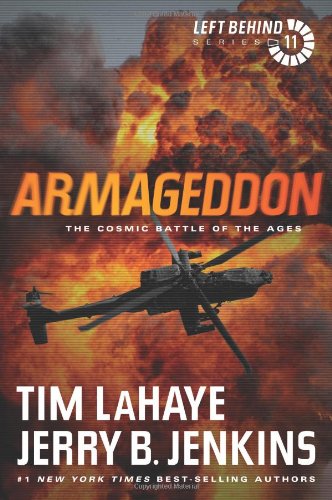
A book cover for Armageddon: The Cosmic Battle of the Ages (Left Behind); Tim LaHaye; Christian Books & Bibles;